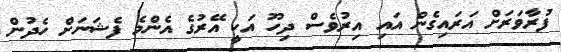
ފުރާވަރަށް އަރައިގެން އައި އިރުވެސް ދިހޫ އަކީ އޭރުގެ އެންމެ ފެޝަނަށް ހެދުން